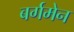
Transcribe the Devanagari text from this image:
बर्गमेन